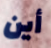
أين